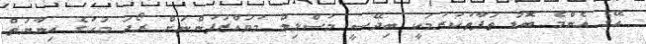
އޭގެ އެންމެ ބޮޑު ތަފާތުކުރުމަކީ ބިދޭސީ މުސްލިމް މުވައްޒަފުންނަށް ރޯދަ މަހުގެ އިނާޔަތް